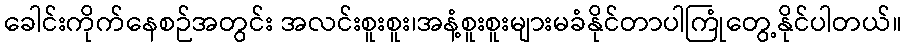
ခေါင်းကိုက်နေစဉ်အတွင်း အလင်းစူးစူး၊အနံ့စူးစူးများမခံနိုင်တာပါကြုံတွေ့နိုင်ပါတယ်။